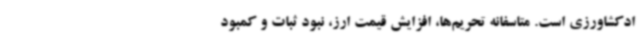
ادکشاورزی است. متاسفانه تحریم‌ها، افزایش قیمت ارز، نبود ثبات و کمبود